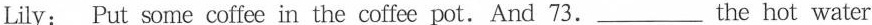
Lily: Put some coffee in the coffee pot. And 73.___the hot water